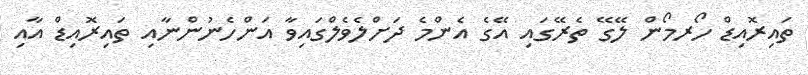
ތައިރޮއިޑް ހޯރމޯން ލޭގޭ ތެރޭގައި އޭގެ އެންމެ ދަށްލެވެލްގައިވާ އަންހެނުންނާއި ތައިރޮއިޑް އާއި